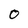
Character: O